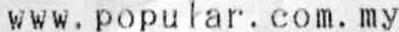
WWW.POPULAR.COM.MY